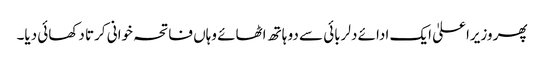
پھر وزیراعلیٰ ایک ادائے دلربائی سے دو ہاتھ اٹھائے وہاں فاتحہ خوانی کرتا دکھائی دیا۔